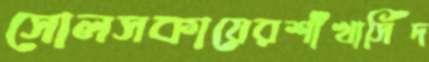
সোলসকায়েরশাঁখাসিঁদ